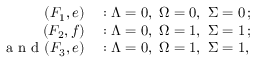
\begin{array} { r l } { ( F _ { 1 } , e ) } & { { } : \ensuremath { \Lambda } = 0 , \ \ensuremath { \Omega } = 0 , \ \ensuremath { \Sigma } = 0 \, ; } \\ { ( F _ { 2 } , f ) } & { { } : \ensuremath { \Lambda } = 0 , \ \ensuremath { \Omega } = 1 , \ \ensuremath { \Sigma } = 1 \, ; } \\ { \mathrm { ~ a ~ n ~ d ~ } ( F _ { 3 } , e ) } & { { } : \ensuremath { \Lambda } = 0 , \ \ensuremath { \Omega } = 1 , \ \ensuremath { \Sigma } = 1 , } \end{array}